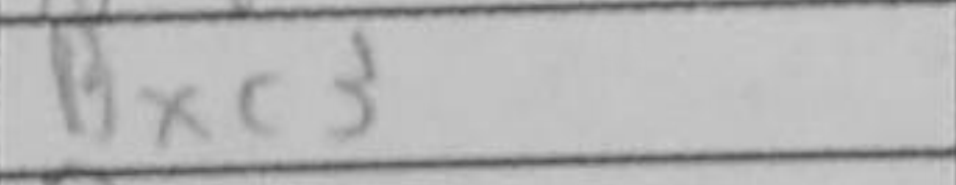
Transcription: Bxc3